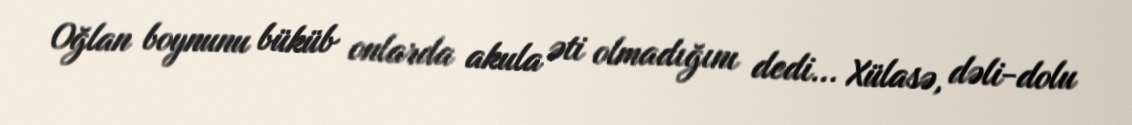
Oğlan boynunu büküb onlarda akula əti olmadığını dedi... Xülasə, dəli-dolu